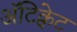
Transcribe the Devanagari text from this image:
अॅटिक्वेट